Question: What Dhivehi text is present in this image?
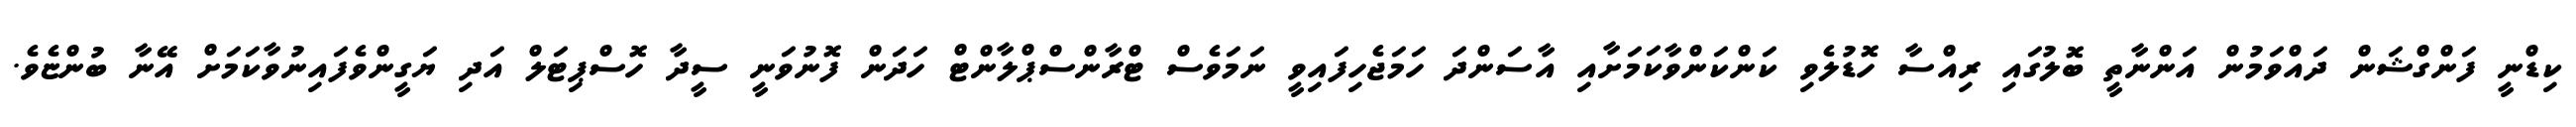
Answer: ކިޑްނީ ފަންގްޝަން ދައްވަމުން އަންނާތީ ބޮލުގައި ރިއްސާ ހޮޑުލެވި ކަންކަންވާކަމަށާއި އާސަންދަ ހަމަޖެހިފައިވީ ނަމަވެސް ޓްރާންސްޕްލާންޓް ހަދަން ފޮނުވަނީ ސީދާ ހޮސްޕިޓަލް އަދި ޔަގީންވެފައިނުވާކަމަށް އޭނާ ބުންޏެވެ.